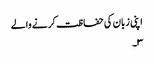
اپنی زبان کی حفاظت کرنے والے
۳۔